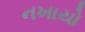
નખાયો